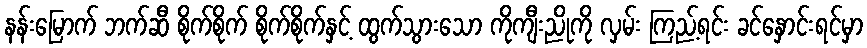
နန်းမြောက် ဘက်ဆီ စိုက်စိုက် စိုက်စိုက်နှင့် ထွက်သွားသော ကိုကျီးညိုကို လှမ်း ကြည့်ရင်း ခင်နှောင်းရင်မှာ